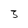
Character: 3